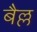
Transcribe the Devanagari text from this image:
बैल्ल